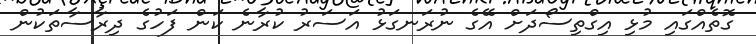
ގޮތެއްގައި މުޅި އިގްތިސޯދަށް އޭގެ ނުރަނގަޅު އަސަރު ކުރާނެ ކަން ފަހުގެ ދިރާސާތަކުން